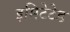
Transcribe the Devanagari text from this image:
इमिटेटेड